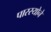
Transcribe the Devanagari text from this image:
पास्स्योने